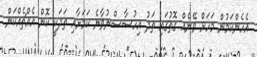
އެހެންކަމުން މަހަށް ވޭނެއް ގޮތުގައި ތަދު އިހުސާސްނުވާނެ ކަމަށާއި ތަދަކީ ކޮން އެއްޗެއްކަން